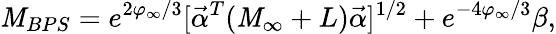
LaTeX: \mathit{M}_{BPS}=e^{2\varphi_{\infty}/3}[{\vec{{\alpha}}}^{T}({\cal\mathit{M}}_{\infty}+{L}){\vec{{\alpha}}}]^{1/2}+e^{-4\varphi_{\infty}/3}\beta,